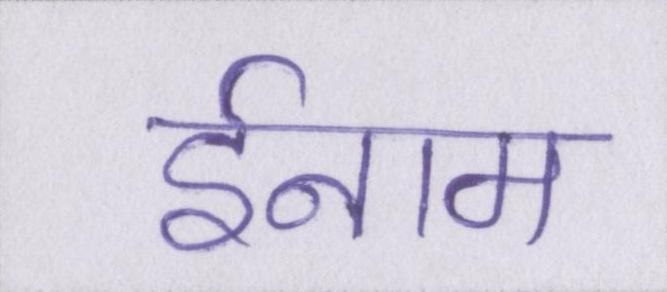
ईनाम